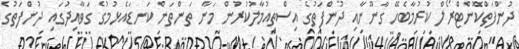
ދުންފަތްކޮންޓްރޯލް ކުރުމާބެހޭ ގާނޫނާއި ދުންފަތުގެ އިސްތިއުމާލުކުރުން މަނާ ތަންތަން ކަނޑައެޅުމުގެ ގަވާއިދުގައި ދުންފަތުގެ